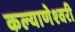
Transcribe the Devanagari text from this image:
कल्‍याणेश्‍वरी